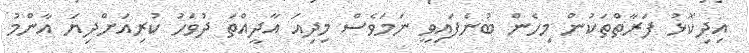
އިދިކޮޅު ފަރާތްތަކުން މިހެން ބުނެފައިވީ ނަމަވެސް މިދިއަ އާދީއްތަ ދުވަހު ކުރިއަށްދިޔަ އާންމު